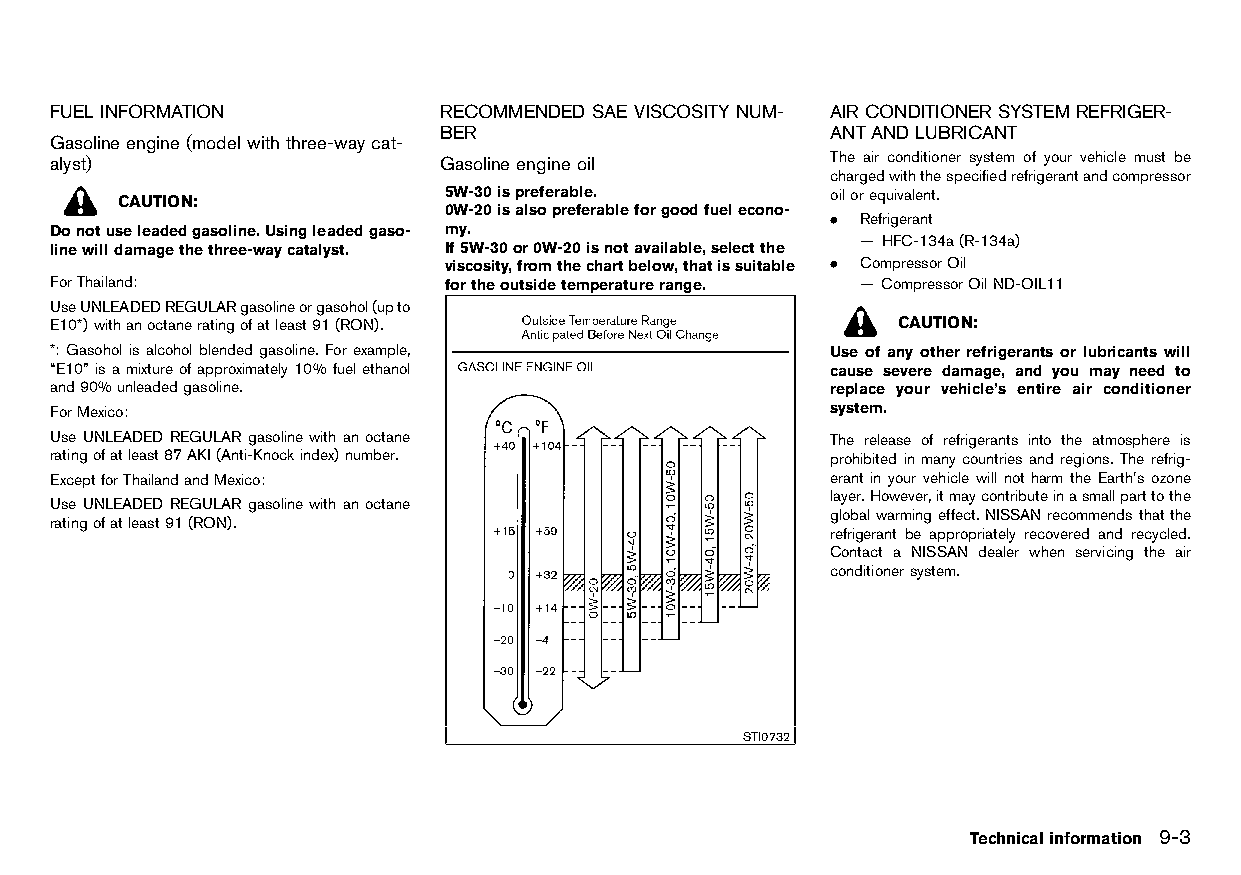
(275,1)
 FUEL INFORMATION          RECOMMENDED SAE VISCOSITY NUM- AIRCONDITIONER SYSTEM REFRIGER-
 HT32A1-E4200A17-9E77-401E-A7F0-EFA7A8A88C7F
 BER                       ANTAND LUBRICANT
 Gasolineengine (model with three-way cat- HT32A1-1C714B7A-2D29-4A0F-8BDF-F74142117A4F HT32A1-93730B82-17E4-4831-81BA-5C170F30FE31
 alyst)                    Gasolineengine oil        The air conditioner system of your vehicle must be
 HT32A1-E7C549AC-7FEA-46F6-A04F-9F16B927AD6D HT32A1-E0270A89-1E93-4E3B-AA7F-DE06AFE6A226 chargedwiththespecifiedrefrigerantandcompressor
 5W-30ispreferable.        oilorequivalent.
 CAUTION:
 0W-20isalsopreferableforgoodfuelecono-
 . Refrigerant
 Donotuseleadedgasoline.Usingleadedgaso- my.
 — HFC-134a(R-134a)
 linewilldamagethethree-waycatalyst. If5W-30or0W-20isnotavailable,selectthe
 viscosity,fromthechartbelow,thatissuitable . CompressorOil
 ForThailand:              fortheoutsidetemperaturerange. — CompressorOilND-OIL11
 UseUNLEADEDREGULARgasolineorgasohol(upto
 E10*)withanoctaneratingofatleast91(RON).                CAUTION:
 *: Gasohol isalcohol blended gasoline. For example, Use of any other refrigerants or lubricants will
 “E10”isamixtureofapproximately10%fuelethanol        cause severe damage, and you may need to
 and90%unleadedgasoline.                             replace your vehicle’s entire air conditioner
 ForMexico:                                          system.
 Use UNLEADED REGULAR gasoline with an octane        The release of refrigerants into the atmosphere is
 ratingofatleast87AKI(Anti-Knockindex)number.        prohibited in many countries and regions. The refrig-
 ExceptforThailandandMexico:                         erant in your vehicle will not harm the Earth’s ozone
 layer.However,itmaycontributeinasmallparttothe
 Use UNLEADED REGULAR gasoline with an octane
 globalwarmingeffect.NISSANrecommendsthatthe
 ratingofatleast91(RON).
 refrigerant be appropriately recovered and recycled.
 Contact a NISSAN dealer when servicing the air
 conditionersystem.
 STI0732
 Technicalinformation 9-3
 Condition:                        [Edit:2015/8/24 Model: HT32-A]